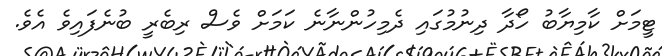
ޓީމަށް ކާމިޔާބު ހޯދާ ދިނުމުގައި ދެމިހުންނާނެ ކަމަށް ވެސް ރިބެރީ ބުނެފައިވެ އެވެ.